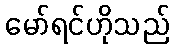
မော်ရင်ဟိုသည်